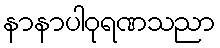
နာနာပါဝုရဏသညာ